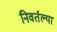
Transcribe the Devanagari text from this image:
निवर्तल्या